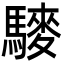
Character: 䮮